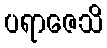
ပရာဇေသိ